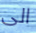
الى